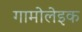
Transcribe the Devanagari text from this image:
गामोलेइक